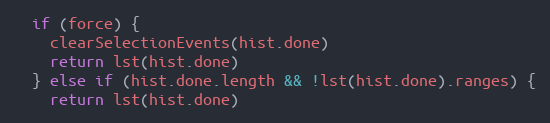
Language: JavaScript
  if (force) {
    clearSelectionEvents(hist.done)
    return lst(hist.done)
  } else if (hist.done.length && !lst(hist.done).ranges) {
    return lst(hist.done)